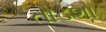
તોડશો